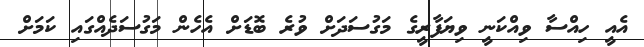
އެއީ ހިއްސާ ވިއްކަނީ ވިޔަފާރީގެ މަގުސަދަށް ވުރެ ބޮޑަށް އެހެން މަގުސަދެއްގައި ކަމަށް